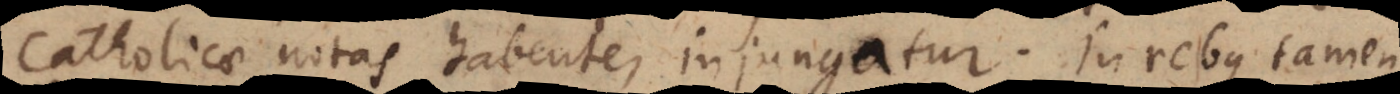
Catholicae notas [habente] injungatur. In rebus tamen